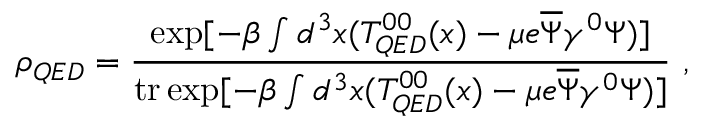
\rho _ { Q E D } = \frac { \exp [ - \beta \int d ^ { 3 } x ( T _ { Q E D } ^ { 0 0 } ( x ) - \mu e \overline { { { \Psi } } } \gamma ^ { 0 } \Psi ) ] } { { \mathrm { t r } } \exp [ - \beta \int d ^ { 3 } x ( T _ { Q E D } ^ { 0 0 } ( x ) - \mu e \overline { { { \Psi } } } \gamma ^ { 0 } \Psi ) ] } \ ,